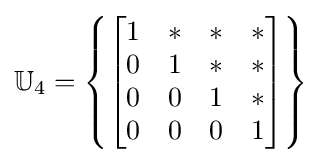
\mathbb {U} _{4}=\left\{{\begin{bmatrix}1&*&*&*\\0&1&*&*\\0&0&1&*\\0&0&0&1\end{bmatrix}}\right\}